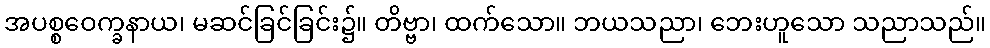
အပစ္စဝေက္ခနာယ၊ မဆင်ခြင်ခြင်း၌။ တိဗ္ဗာ၊ ထက်သော။ ဘယသညာ၊ ဘေးဟူသော သညာသည်။